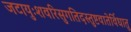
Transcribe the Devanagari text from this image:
जटायुःशवरिसुगतिदस्तुष्टवातेर्विधातु